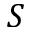
S